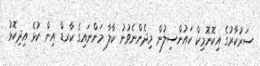
ސަރުކާރުގެ އިކޮނޮމިކް ކައުންސިލުން މިދެންނެވުނު ކާލާ މަންނައިގެ ކާރޑް އިން ކުޅެ އިދިކޮޅު